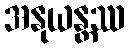
အနုယန္တဿ